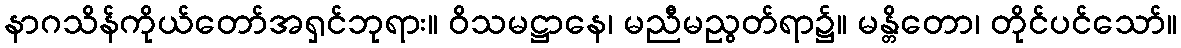
နာဂသိန်ကိုယ်တော်အရှင်ဘုရား။ ဝိသမဋ္ဌာနေ၊ မညီမညွတ်ရာ၌။ မန္တိတော၊ တိုင်ပင်သော်။